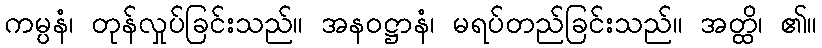
ကမ္ပနံ၊ တုန်လှုပ်ခြင်းသည်။ အနဝဋ္ဌာနံ၊ မရပ်တည်ခြင်းသည်။ အတ္ထိ၊ ၏။